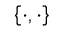
\left\{ \cdot , \cdot \right\}